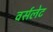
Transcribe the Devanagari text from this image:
वर्सलेट